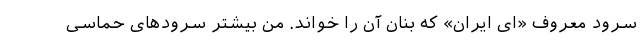
سرود معروف «ای ایران» که بنان آن را خواند. من بیشتر سرودهای حماسی